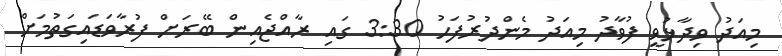
މިއަދު ވިދާޅުވީ ފުވާދު މިއަދު މެންދުރުފަހު 3:30 ގައި ރާއްޖެއިން ބޭރަށް ފުރާވަޑައިގަތުމަށް